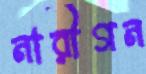
নারীগন